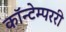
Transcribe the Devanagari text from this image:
कॉन्टेम्पररी